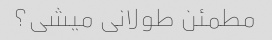
مطمئن طولانی میشی؟